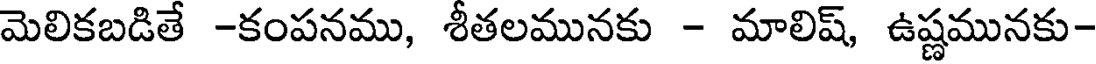
మెలికబడితే -కంపనము, శీతలమునకు - మాలిష్, ఉష్ణమునకు-